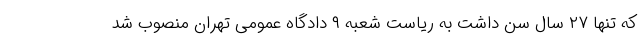
که تنها ۲۷ سال سن داشت به ریاست شعبه ۹ دادگاه عمومی تهران منصوب شد